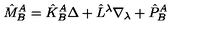
\hat { M } _ { B } ^ { A } = \hat { K } _ { B } ^ { A } \Delta + \hat { L } ^ { \lambda } \nabla _ { \lambda } + \hat { P } _ { B } ^ { A }